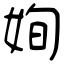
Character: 姰